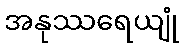
အနုဿရေယျုံ